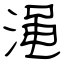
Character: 渑